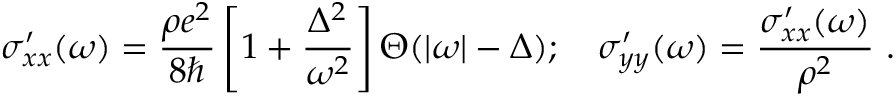
\sigma _ { x x } ^ { \prime } ( \omega ) = \frac { \rho e ^ { 2 } } { 8 \hbar } \left[ 1 + \frac { \Delta ^ { 2 } } { \omega ^ { 2 } } \right] \Theta ( | \omega | - \Delta ) ; ~ ~ ~ \sigma _ { y y } ^ { \prime } ( \omega ) = \frac { \sigma _ { x x } ^ { \prime } ( \omega ) } { \rho ^ { 2 } } \ .